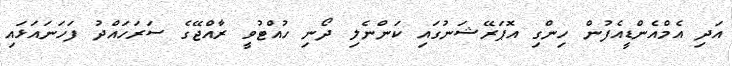
އަދި އެމްއެންޑީއެފުން ހިންގި އޮޕަރޭޝަނުގައި ކަންނެލި ދޯނި ހުއްޓުވީ ރާއްޖޭގެ ސަރަހައްދު ފަހަނައަޅައި